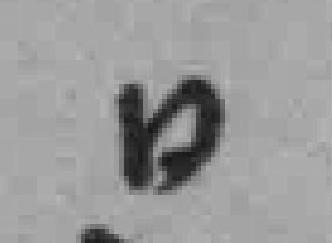
日